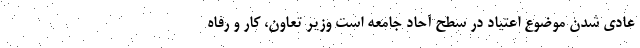
عادی شدن موضوع اعتیاد در سطح آحاد جامعه است وزیر تعاون، کار و رفاه